Bombay plague: being a history of the progress of plague in the Bombay presidency from September 1896 to June 1899
Year: 1896
Disease focus: Plague
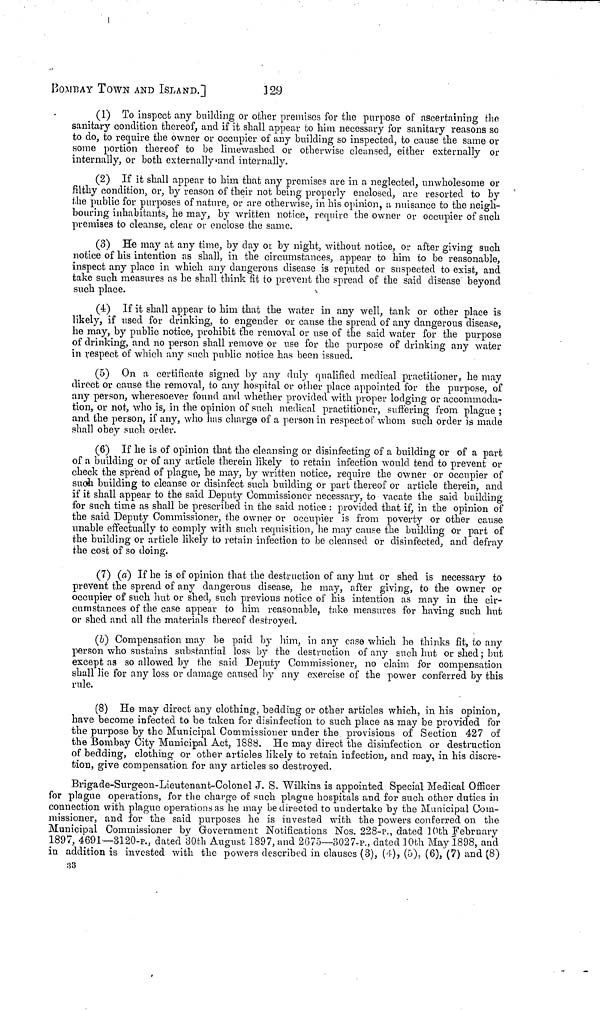
BOMBAY TOWN AND ISLAND.]
129
(1) To inspect any building or other premises for the purpose of ascertaining the
sanitary condition thereof, and if it shall appear to him necessary for sanitary reasons so
to do, to require the owner or occupier of any building so inspected, to cause the same or
some portion thereof to be limewashed or otherwise cleansed, either externally or
internally, or both externally and internally.
(2) If it shall appear to him that any premises are in a neglected, unwholesome or
filthy condition, or, by reason of their not being properly enclosed, arc resorted to by
the public for purposes of nature, or are otherwise, in his opinion, a nuisance to the neigh-
bouring inhabitants, he may, by written notice, require the owner or occupier of such
premises to cleanse, clear or enclose the same.
(3) He may at any time, by day οr by night, without notice, or after giving such
notice of his intention as shall, in the circumstances, appear to him to be reasonable,
inspect any place in which any dangerous disease is reputed or suspected to exist, and
take such measures as he shall think fit to prevent the spread of the said disease beyond
such place.
(4) If it shall appear to him that the water in any well, tank or other place is
likely, if used for drinking, to engender or cause the spread of any dangerous disease,
he may, by public notice, prohibit the removal or use of the said water for the purpose
of drinking, and no person shall remove or use for the purpose of drinking any water
in respect of which any such public notice has been issued.
(5) On a certificate signed by any duly qualified medical practitioner, he may
direct or cause the removal, to any hospital or other place appointed for the purpose, of
any person, wheresoever found and whether provided with proper lodging or accommoda-
tion, or not, who is, in the opinion of such medical practitioner, suffering from plague ;
and the person, if any, who has charge of a person in respect of whom such order is made
shall obey such order.
(6) If he is of opinion that the cleansing or disinfecting of a building or of a part
of a building or of any article therein likely to retain infection would tend to prevent or
check the spread of plague, he may, by written notice, require the owner or occupier of
such building to cleanse or disinfect such building or part thereof or article therein, and
if it shall appear to the said Deputy Commissioner necessary, to vacate the said building
for such time as shall be prescribed in the said notice : provided that if, in the opinion of
the said Deputy Commissioner, the owner or occupier is from poverty or other cause
unable effectually to comply with such requisition, he may cause the building or part of
the building or article likely to retain infection to be cleansed or disinfected, and defray
the cost of so doing.
(7) (a) If he is of opinion that the destruction of any hut or shed is necessary to
prevent the spread of any dangerous disease, he may, after giving, to the owner or
occupier of such hut or shed, such previous notice of his intention as may in the cir-
cumstances of the case appear to him reasonable, take measures for having such hut
or shed and all the materials thereof destroyed.
(b) Compensation may be paid by him, in any case which he thinks fit, to any
person who sustains substantial loss by the destruction of any such hut or shed ; but
except as so allowed by the said Deputy Commissioner, no claim for compensation
shall lie for any loss or damage caused by any exercise of the power conferred by this
rule.
(8) He may direct any clothing, bedding or other articles which, in his opinion,
have become infected to be taken for disinfection to such place as may be provided for
the purpose by the Municipal Commissioner under the provisions of Section 427 of
the Bombay City Municipal Act, 1888. He may direct the disinfection, or destruction
of bedding, clothing or other articles likely to retain infection, and may, in his discre-
tion, give compensation for any articles so destroyed.
Brigade-Surgeon-Lieutenant-Colonel J. S. Wilkins is appointed Special Medical Officer
for plague operations, for the charge of such plague hospitals and for such other duties in
connection with plague operations as he may be directed to undertake by the Municipal Com-
missioner, and for the said purposes he is invested with the powers conferred on the
Municipal Commissioner by Government Notifications Nos. 228-p., dated 10th February
1897, 4691—3120-P., dated 30th August 1897, and 2675—3027-P., dated 10th May 1898, and
in addition is invested with the powers described in clauses (3), (4), (5), (6), (7) and (8)
33